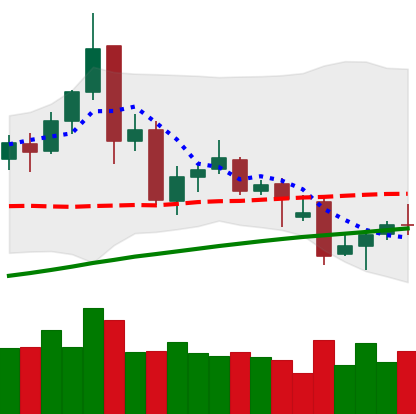
Ticker: TRX-USD
Chart end date: 2021-11-30
Forward return: -12.713%
Label: down_7plus